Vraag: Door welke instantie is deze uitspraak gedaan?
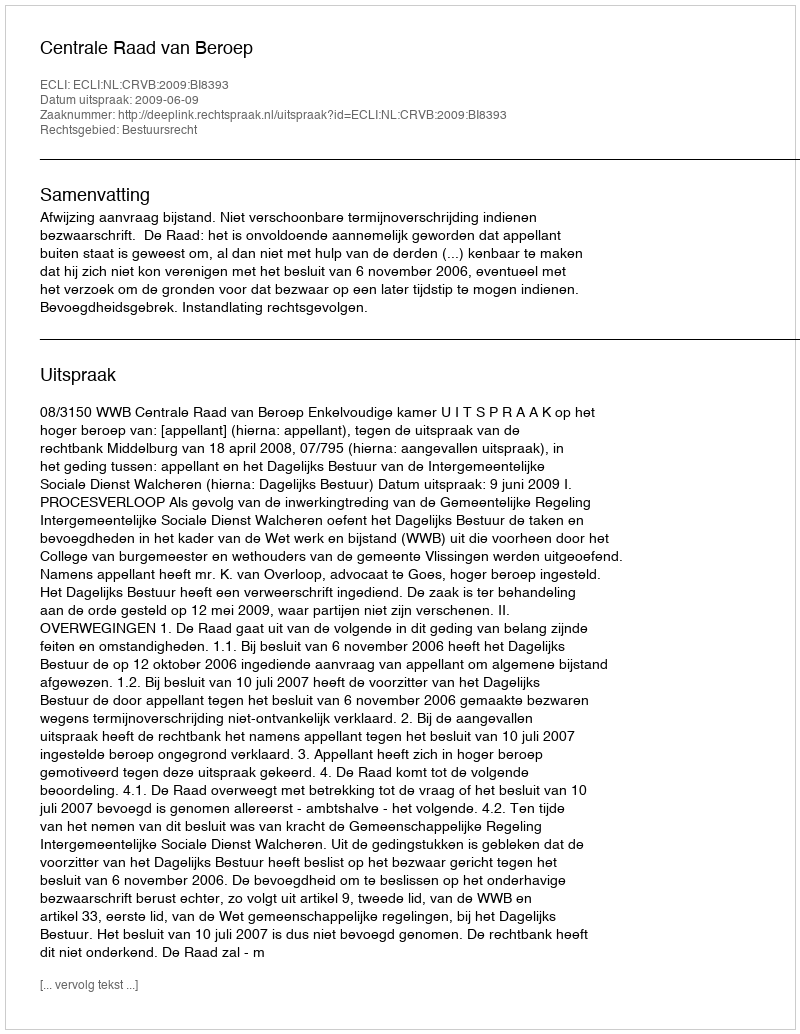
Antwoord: Centrale Raad van Beroep